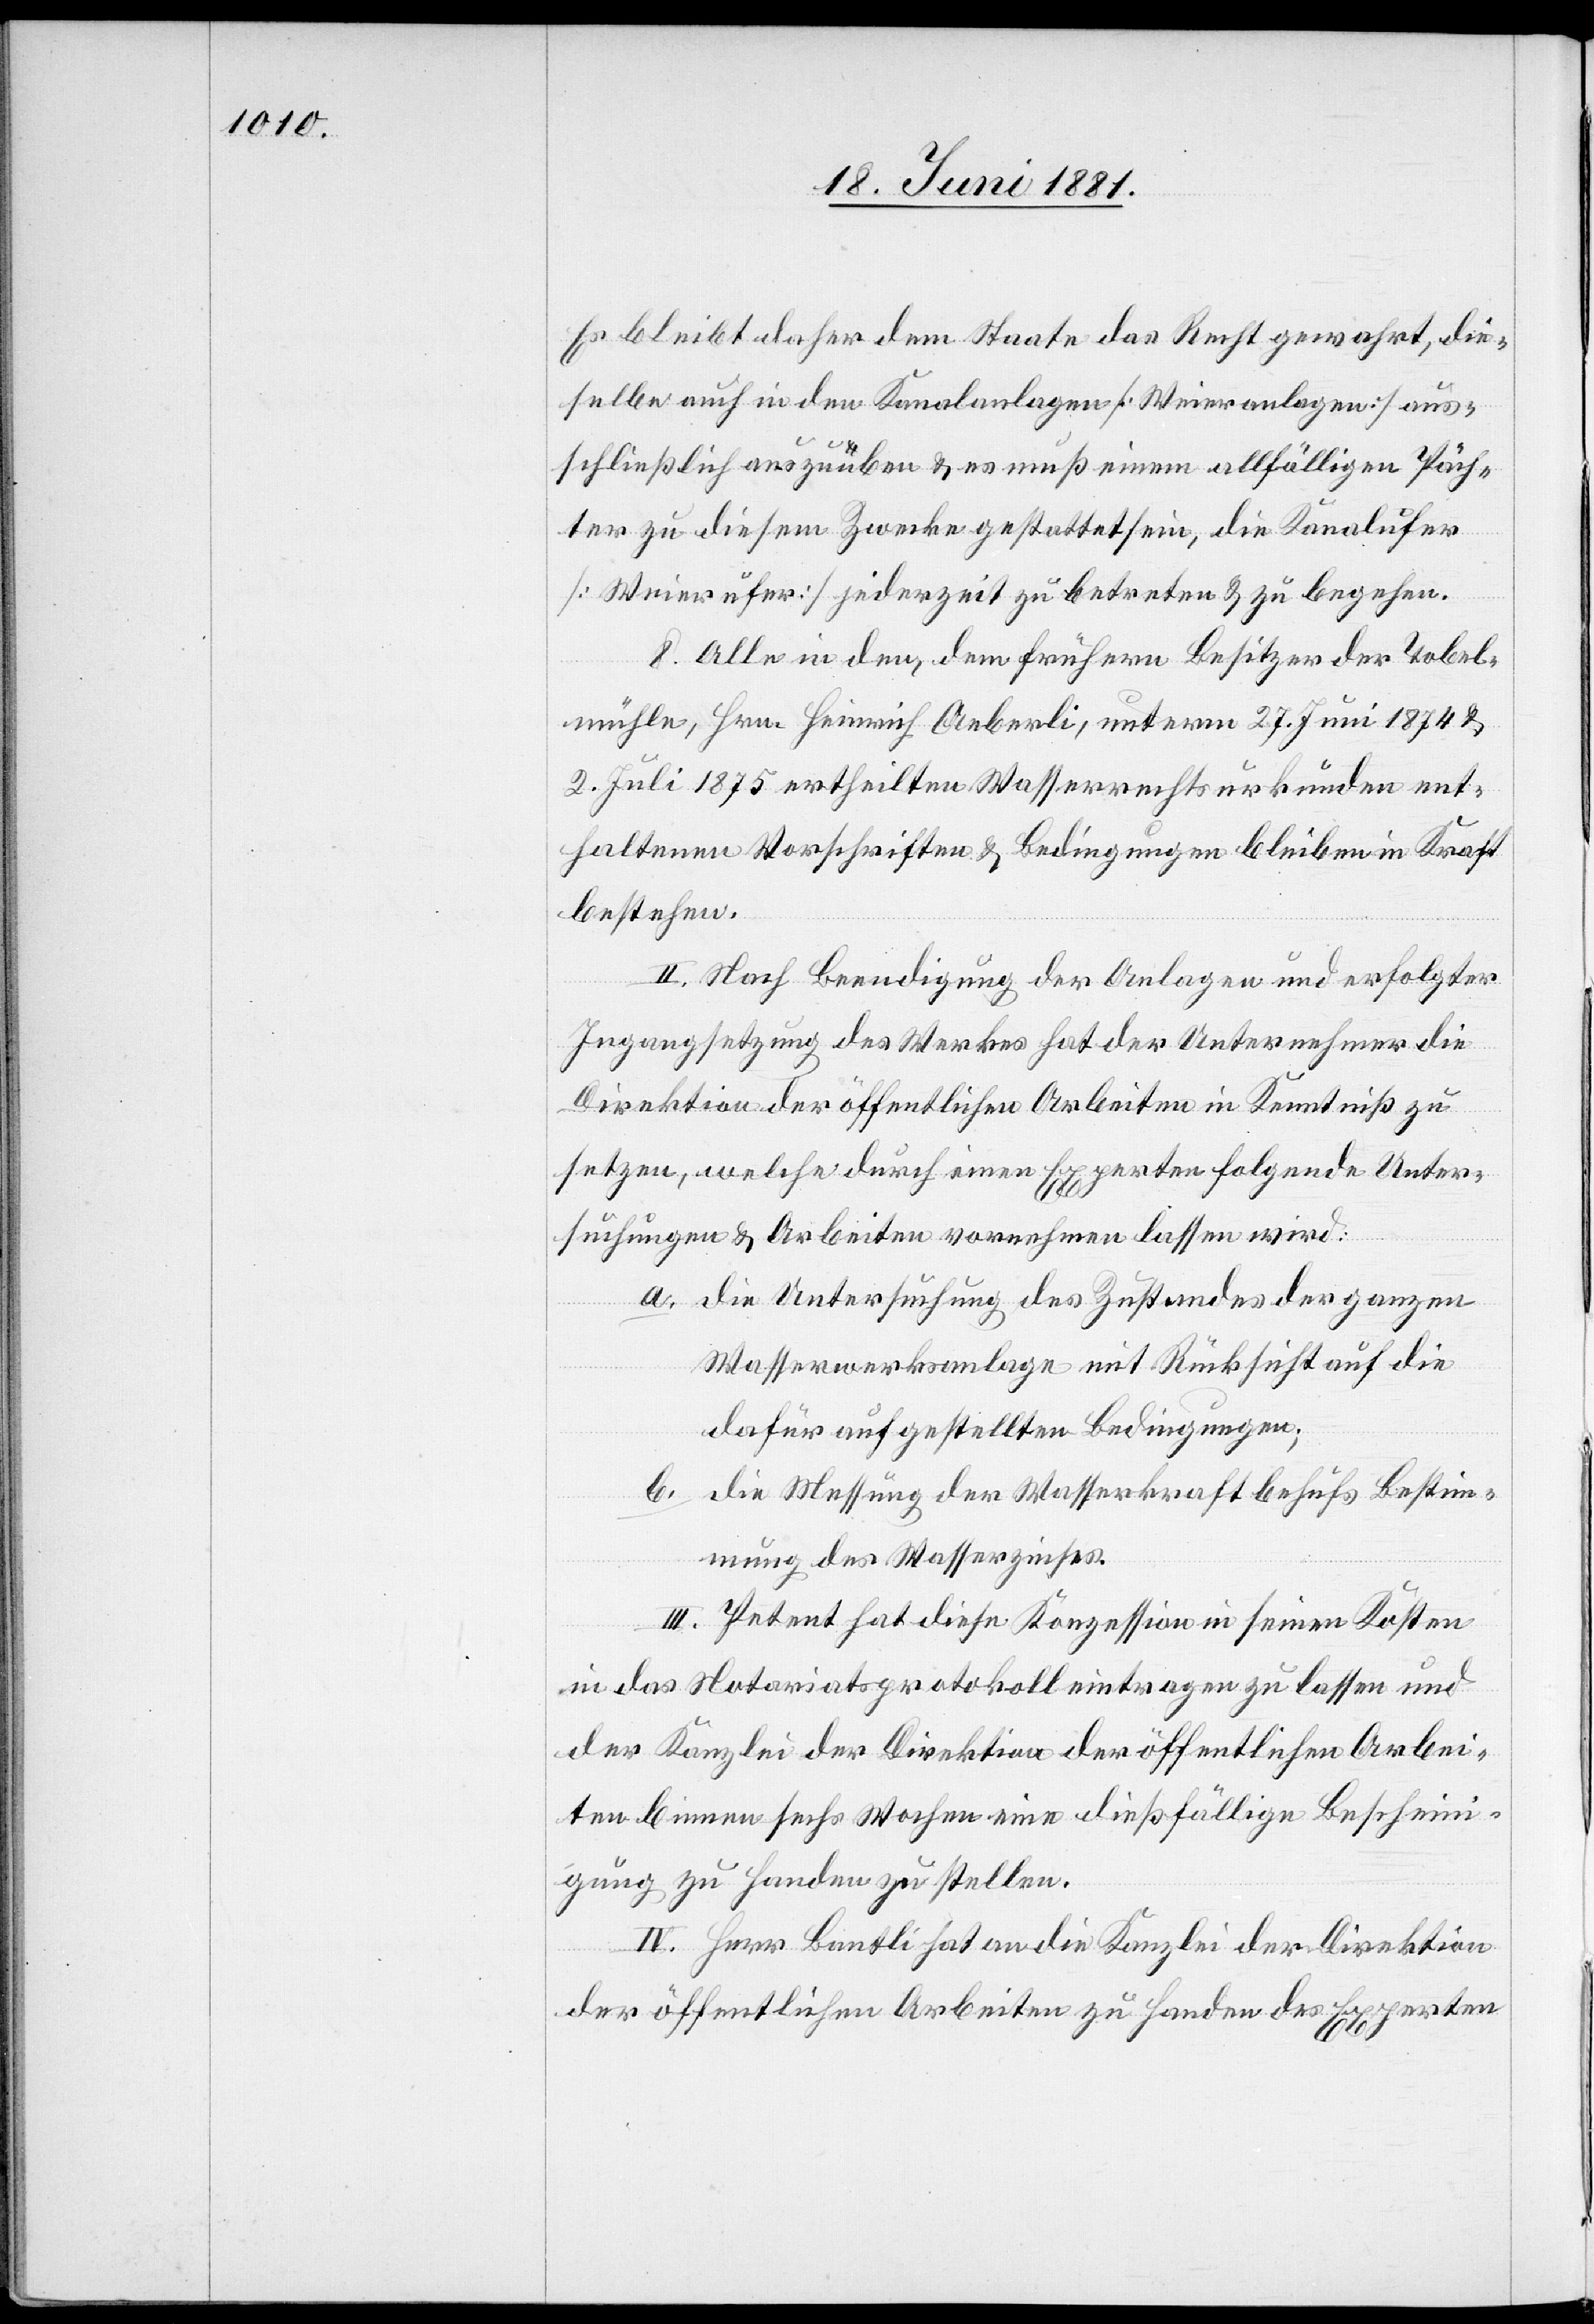
Es bleibt daher dem Staate das Recht gewahrt, die¬
selbe auch in den Kanalanlagen [Weieranlagen] aus¬
schließlich auszuüben & es muß einem allfälligen Päch¬
ter zu diesem Zwecke gestattet sein, die Kanalufer
[Weierufer] jederzeit zu betreten & zu begehen.
8. Alle in den, dem frühern Besitzer der Tobel¬
mühle, Hrn. Heinrich Aeberli, unterm 27. Juni 1874 &
2. Juli 1875 ertheilten Wasserrechtsurkunden ent¬
haltenen Vorschriften & Bedingungen bleiben in Kraft
bestehen.
II. Nach Beendigung der Anlagen und erfolgter
Ingangsetzung des Werkes hat der Unternehmer die
Direktion der öffentlichen Arbeiten in Kenntniß zu
setzen, welche durch einen Experten folgende Unter¬
suchungen & Arbeiten vornehmen lassen wird:
a. die Untersuchung des Zustandes der ganzen
Wasserwerksanlage mit Rücksicht auf die
dafür aufgestellten Bedingungen.
b. die Messung der Wasserkraft behufs Bestim¬
mung des Wasserzinses.
III. Petent hat diese Konzession in seinen Kosten
in das Notariatsprotokoll eintragen zu lassen und
der Kanzlei der Direktion der öffentlichen Arbei¬
ten binnen sechs Wochen eine dießfällige Bescheini¬
gung zu Handen zu stellen.
IV. Herr Bantli hat an die Kanzlei der Direktion
der öffentlichen Arbeiten zu handen des Experten